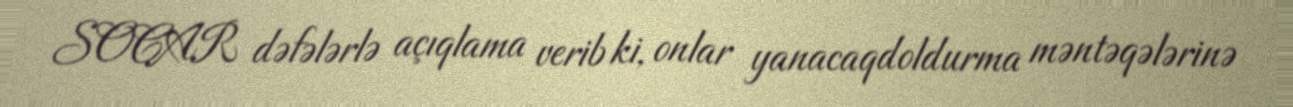
SOCAR dəfələrlə açıqlama verib ki, onlar yanacaqdoldurma məntəqələrinə